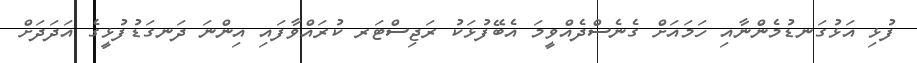
ފުޅި އަޅުގަނޑުމެންނާއި ހަމައަށް ގެނެސްދެއްވީމަ އެބޭފުޅަކު ރަޖިސްޓަރ ކުރައްވާފައި އިންނަ ދަނގަޑުފުޅީގެ އަދަދަށް